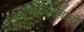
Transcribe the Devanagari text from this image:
शक्तिप्रदर्शनाची